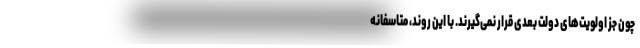
چون جز اولویت‌های دولت بعدی قرار نمی‌گیرند. با این روند، متاسفانه